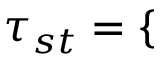
\tau _ { s t } = \left\{ \begin{array} { r l r } \end{array} \right.